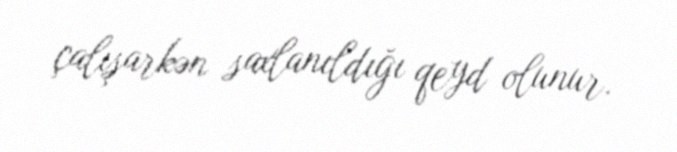
çalışarkən saxlanıldığı qeyd olunur.